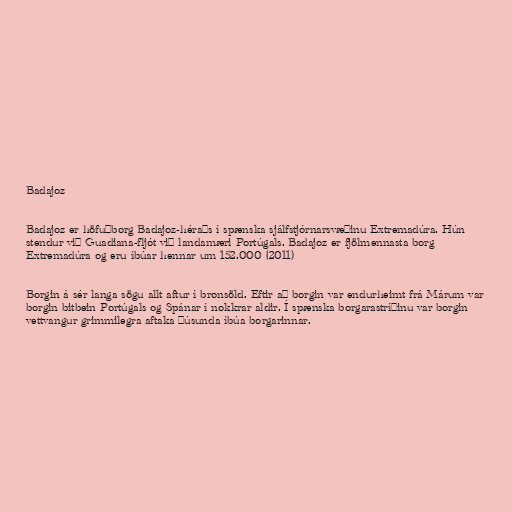
Badajoz

Badajoz er höfuðborg Badajoz-héraðs í spænska sjálfstjórnarsvæðinu Extremadúra. Hún
stendur við Guadiana-fljót við landamæri Portúgals. Badajoz er fjölmennasta borg
Extremadúra og eru íbúar hennar um 152.000 (2011)

Borgin á sér langa sögu allt aftur í bronsöld. Eftir að borgin var endurheimt frá Márum var
borgin bitbein Portúgals og Spánar í nokkrar aldir. Í spænska borgarastríðinu var borgin
vettvangur grimmilegra aftaka þúsunda íbúa borgarinnar.